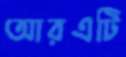
আরএটি